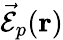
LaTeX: \vec{\mathcal{E}}_{p}({\mathbf r})